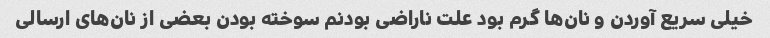
خیلی سریع آوردن و نان‌ها گرم بود علت ناراضی بودنم سوخته بودن بعضی از نان‌های ارسالی